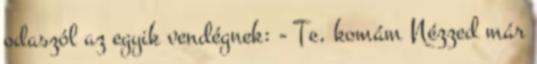
odaszól az egyik vendégnek: - Te, komám Nézzed már